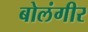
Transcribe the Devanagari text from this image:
बोलंगीर